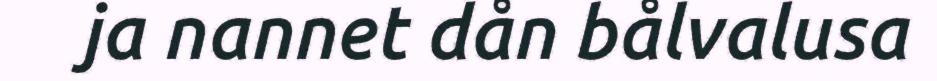
ja nannet dån bålvalusa